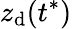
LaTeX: z_{\mathrm{d}}(t^{*})